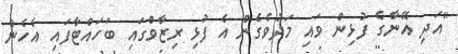
"އަދި އޭނާގެ ފުޅިން ވައި މަދުވެގެން އެ ފުޅި ރިޒާވްގައި ބަހައްޓާފައި އެހެން